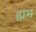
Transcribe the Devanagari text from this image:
ह्यम